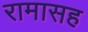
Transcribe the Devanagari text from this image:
रामासह